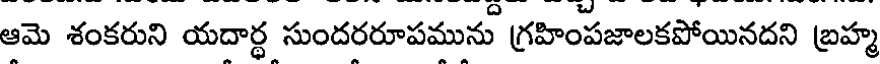
ఆమె శంకరుని యదార్థ సుందరరూపమును గ్రహింపజాలకపోయినదని బ్రహ్మ